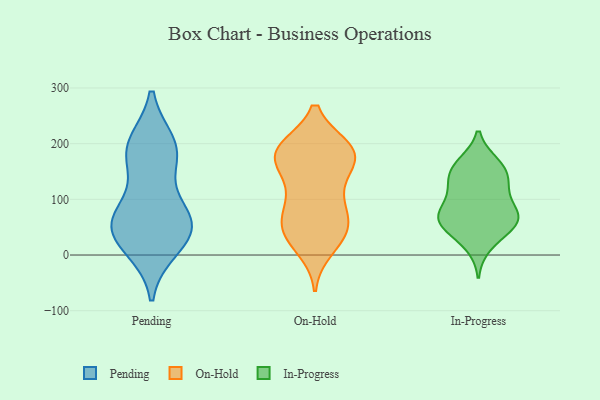
{"axis": {"x": "Population (Million)", "y": "Value"}, "legend": ["In-Progress", "On-Hold", "Pending"], "data": [{"x": "", "y": 13, "type": "Pending"}, {"x": "", "y": 71, "type": "Pending"}, {"x": "", "y": 181, "type": "Pending"}, {"x": "", "y": 56, "type": "Pending"}, {"x": "", "y": 171, "type": "Pending"}, {"x": "", "y": 66, "type": "Pending"}, {"x": "", "y": 199, "type": "Pending"}, {"x": "", "y": 44, "type": "Pending"}, {"x": "", "y": 25, "type": "Pending"}, {"x": "", "y": 196, "type": "Pending"}, {"x": "", "y": 67, "type": "Pending"}, {"x": "", "y": 186, "type": "On-Hold"}, {"x": "", "y": 189, "type": "On-Hold"}, {"x": "", "y": 174, "type": "On-Hold"}, {"x": "", "y": 173, "type": "On-Hold"}, {"x": "", "y": 12, "type": "On-Hold"}, {"x": "", "y": 68, "type": "On-Hold"}, {"x": "", "y": 86, "type": "On-Hold"}, {"x": "", "y": 191, "type": "On-Hold"}, {"x": "", "y": 190, "type": "On-Hold"}, {"x": "", "y": 114, "type": "On-Hold"}, {"x": "", "y": 55, "type": "On-Hold"}, {"x": "", "y": 30, "type": "On-Hold"}, {"x": "", "y": 38, "type": "On-Hold"}, {"x": "", "y": 185, "type": "On-Hold"}, {"x": "", "y": 139, "type": "On-Hold"}, {"x": "", "y": 55, "type": "On-Hold"}, {"x": "", "y": 89, "type": "On-Hold"}, {"x": "", "y": 154, "type": "On-Hold"}, {"x": "", "y": 36, "type": "On-Hold"}, {"x": "", "y": 192, "type": "On-Hold"}, {"x": "", "y": 16, "type": "In-Progress"}, {"x": "", "y": 40, "type": "In-Progress"}, {"x": "", "y": 108, "type": "In-Progress"}, {"x": "", "y": 78, "type": "In-Progress"}, {"x": "", "y": 59, "type": "In-Progress"}, {"x": "", "y": 56, "type": "In-Progress"}, {"x": "", "y": 128, "type": "In-Progress"}, {"x": "", "y": 163, "type": "In-Progress"}, {"x": "", "y": 165, "type": "In-Progress"}, {"x": "", "y": 157, "type": "In-Progress"}, {"x": "", "y": 69, "type": "In-Progress"}, {"x": "", "y": 58, "type": "In-Progress"}, {"x": "", "y": 68, "type": "In-Progress"}, {"x": "", "y": 127, "type": "In-Progress"}, {"x": "", "y": 139, "type": "In-Progress"}, {"x": "", "y": 84, "type": "In-Progress"}]}